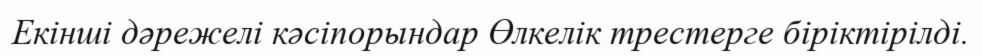
Екінші дәрежелі кәсіпорындар Өлкелік трестерге біріктірілді.